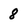
Character: 8